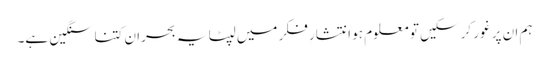
ہم ان پر غور کر سکیں تو معلوم ہو انتشارِ فکر میں لپٹا یہ بحران کتنا سنگین ہے۔